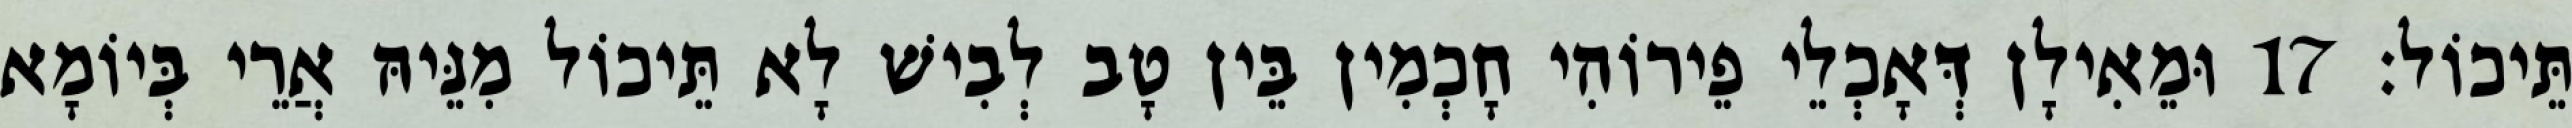
תֵּיכוֹל׃ 17 וּמֵאִילָן דְּאָכְלֵי פֵירוֹהִי חָכְמִין בֵּין טָב לְבִישׁ לָא תֵּיכוֹל מִנֵּיהּ אֲרֵי בְּיוֹמָא